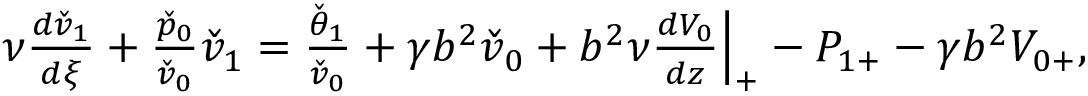
\begin{array} { r } { \nu \frac { d \check { v } _ { 1 } } { d \xi } + \frac { \check { p } _ { 0 } } { \check { v } _ { 0 } } \check { v } _ { 1 } = \frac { \check { \theta } _ { 1 } } { \check { v } _ { 0 } } + \gamma b ^ { 2 } \check { v } _ { 0 } + b ^ { 2 } \nu \frac { d V _ { 0 } } { d z } \Big | _ { + } - P _ { 1 + } - \gamma b ^ { 2 } V _ { 0 + } , } \end{array}